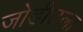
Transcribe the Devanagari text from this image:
जोडीतला